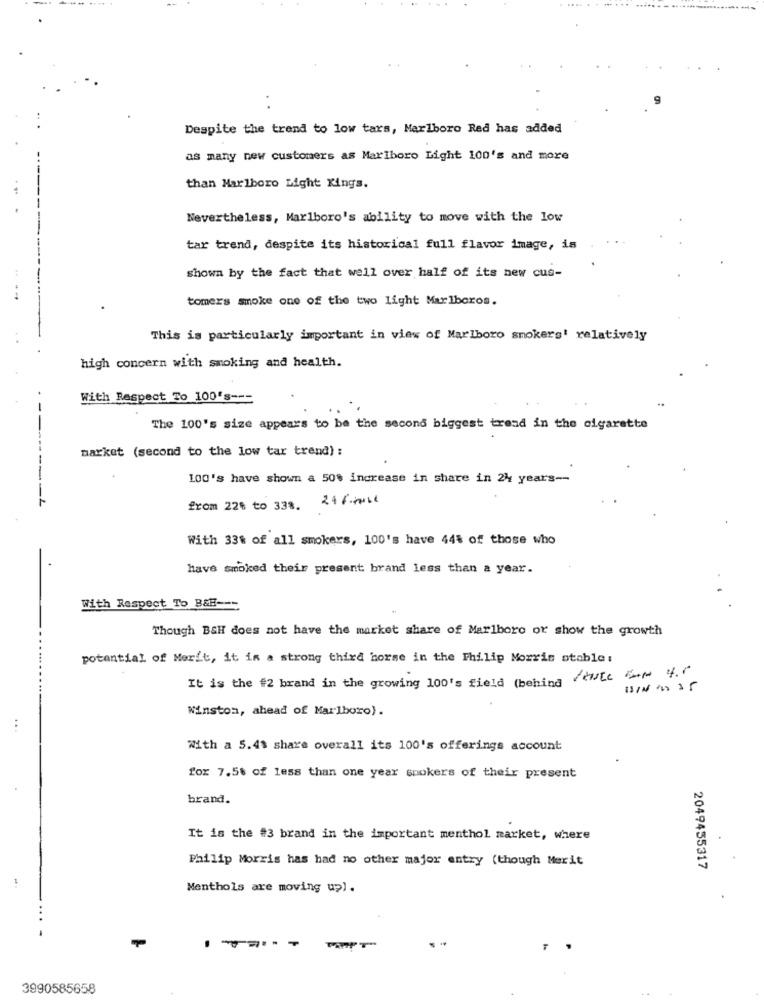
.
Despite the trend to low tars, Marlboro Red has added
as many new customers as Marlboro Light 100's and more
than Marlboro Light Kings.
Nevertheless, Marlboro's ability to move with the low
tar trend, despite its historical full flavor image, is
shown by the fact that well over half of its new cus-
---
tomers smoke one of the two light Marlboros.
This is particularly important in view of Marlboro smokers' relatively
high concern with smoking and health.
With Respect To 100's ---
The 100's size appears to be the second biggest tread in the cigarette
market (second to the low tar trend) :
100's have shown a 50% increase in share in 24 years --
216.00ll
from 22% to 338.
With 33% of all smokers, 100's have 44% of those who
have smoked their present brand less than a year.
With Respect To B&H ---
Though BSH does not have the market share of Marlboro or show the growth
potential of Merit, it is a strong third horse in the Philip Morris stable:
It is the #2 brand in the growing 100's field (behindcute the 4.6
Winston, ahead of Marlboro).
With a 5.4% share overall its 100's offerings account
for 7.56 of less than one year snokers of their present
brand.
It is the #3 brand in the important menthol market, where
Philip Morris has had no other major entry (though Merit
2049455317
Menthols are moving up) .
.......
3990585658